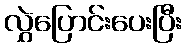
လွှဲပြောင်းပေးပြီး